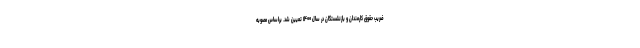
ضریب حقوق کارمندان و بازنشستگان در سال ۱۴۰۰ تعیین شد. براساس مصوبه